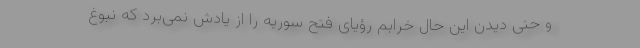
و حتی دیدن این حال خرابم رؤیای فتح سوریه را از یادش نمی‌برد که نبوغ